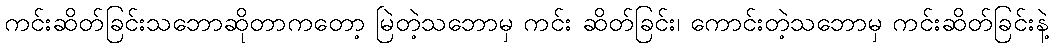
ကင်းဆိတ်ခြင်းသဘောဆိုတာကတော့ မြဲတဲ့သဘောမှ ကင်း ဆိတ်ခြင်း၊ ကောင်းတဲ့သဘောမှ ကင်းဆိတ်ခြင်းနဲ့